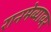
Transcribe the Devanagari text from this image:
रानमेव्यावर